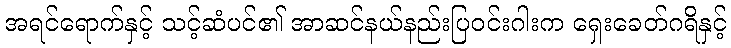
အရင်ရောက်နှင့် သင့်ဆံပင်၏ အာဆင်နယ်နည်းပြဝင်းဂါးက ရှေးခေတ်ဂရိနှင့်